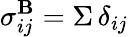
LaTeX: \sigma_{ij}^{\mathbf{B}}=\Sigma\, \delta_{ij}